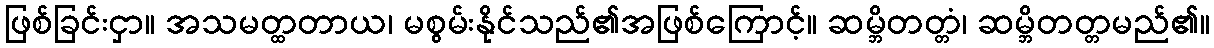
ဖြစ်ခြင်းငှာ။ အသမတ္ထတာယ၊ မစွမ်းနိုင်သည်၏အဖြစ်ကြောင့်။ ဆမ္ဘိတတ္တံ၊ ဆမ္ဘိတတ္တမည်၏။